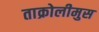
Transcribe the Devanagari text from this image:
ताक्रोलीमुस